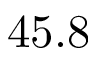
4 5 . 8